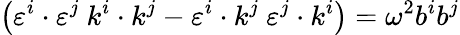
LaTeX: \left(\varepsilon^{i}\cdot\varepsilon^{j}~k^{i}\cdot k^{j}-\varepsilon^{i}\cdot k^{j}~\varepsilon^{j}\cdot k^{i}\right)=\omega^{2}b^{i}b^{j}